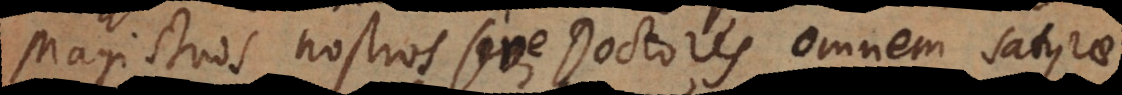
Magistros nostros sive Doctores omnem satyrae